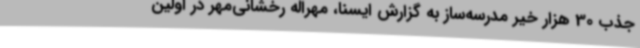
جذب 30 هزار خیر مدرسه‌ساز به گزارش ایسنا، مهراله رخشانی‌مهر در اولین